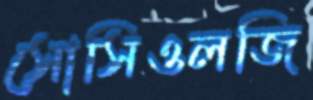
সোসিওলজি